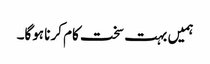
ہمیں بہت سخت کام کرنا ہوگا۔